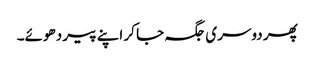
پھر دوسری جگہ جا کر اپنے پیر دھوئے۔